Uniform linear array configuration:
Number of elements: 12
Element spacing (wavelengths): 0.5
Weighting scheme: binomial
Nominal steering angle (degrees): -30
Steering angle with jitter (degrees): -31.594
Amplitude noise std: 0.05
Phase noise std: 0.05

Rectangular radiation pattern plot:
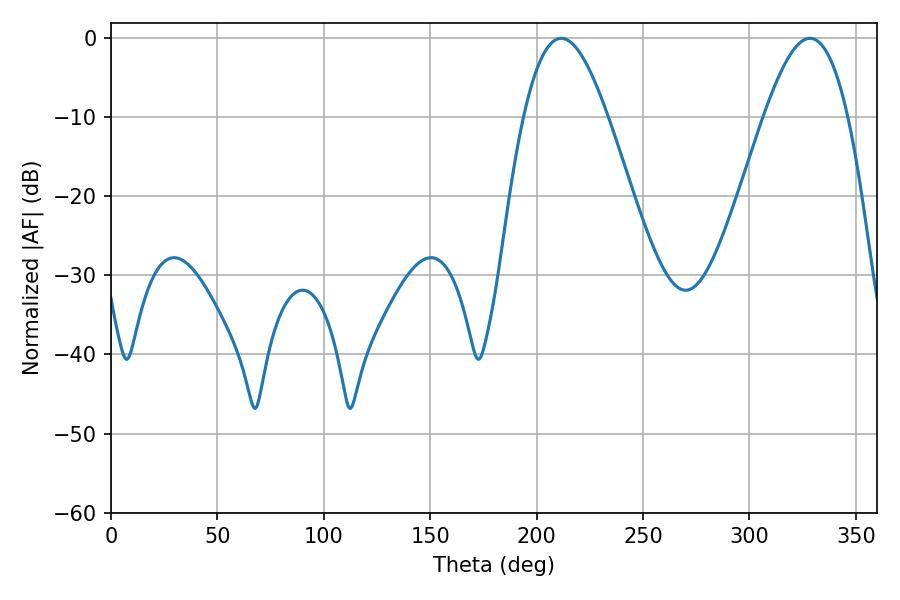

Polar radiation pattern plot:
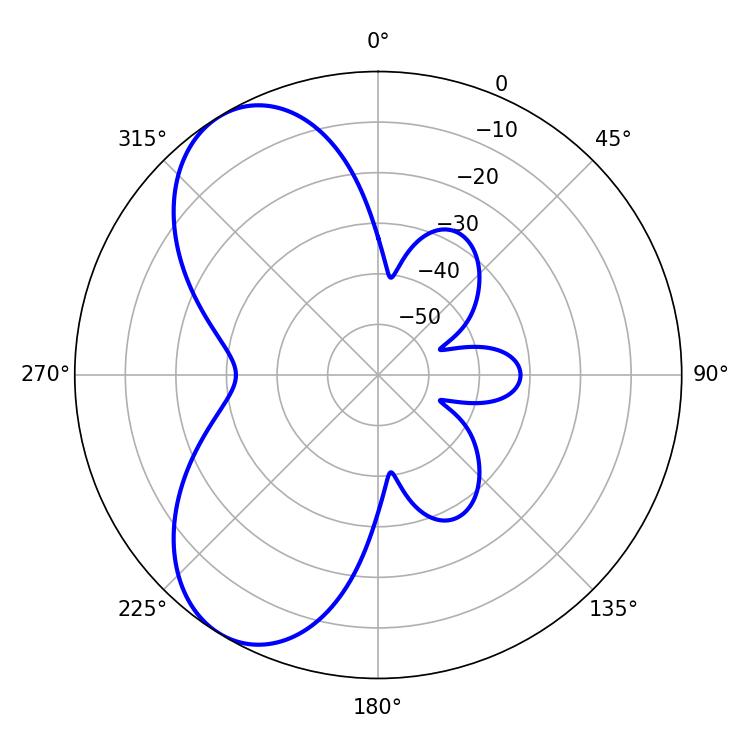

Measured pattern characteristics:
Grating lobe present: FALSE
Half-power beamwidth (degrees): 21.24
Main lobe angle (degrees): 211.5